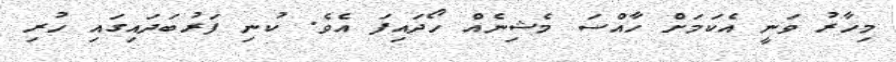
މިހާރު ވަނީ އެކަމަށް ހާއްސަ މެޝިނެއް ހޯދަައިފަ އެވެ. ކުނި ފަރުބަދައިގައި ހުރި